Vaccination in Bombay 1863-1868 - 1863-1868
Year: 1863
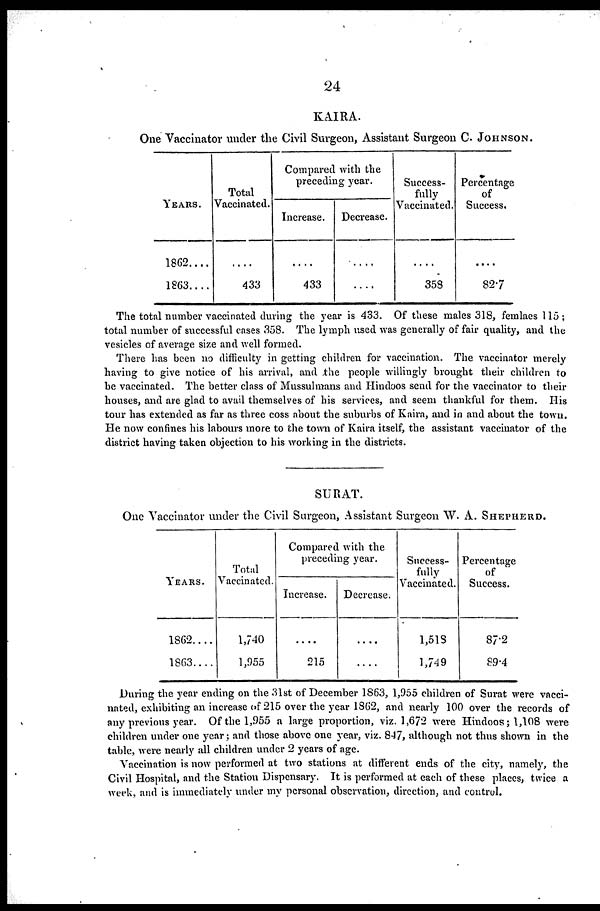
24
KAIRA.
One Vaccinator under the Civil Surgeon, Assistant Surgeon C. JHONSON.
YEARS.
1862....
1863....
Total
Vaccinated.
....
433
Compared with the
preceding year.
Increase.
....
433
Decrease.
....
....
Success-
fully
Vaccinated.
....
358
Percentage
of
Success.
....
82.7
The total number vaccinated during the year is 433. Of these males 318, femlaes 115;
total number of successful cases 358. The lymph used was generally of fair quality, and the
vesicles of average size and well formed.
There has been no difficulty in getting children for vaccination. The vaccinator merely
having to give notice of his arrival, and the people willingly brought their children to
be vaccinated. The better class of Mussulmans and Hindoos send for the vaccinator to their
houses, and are glad to avail themselves of his services, and seem thankful for them. His
tour has extended as far as three coss about the suburbs of Kaira, and in and about the town.
He now confines his labours more to the town of Kaira itself, the assistant vaccinator of the
district having taken objection to his working in the districts.
SURAT.
One Vaccinator under the Civil Surgeon, Assistant Surgeon W. A. SHEPHARD.
YEARS.
1862....
1863....
Total
Vaccinated.
1,740
1,955
Compared with the
preceding year.
Increase.
....
215
Decrease.
....
....
Success-
fully
Vaccinated.
1,518
1,749
Percentage
of
Success.
87.2
89.4
During the year ending on the 31st of December 1863, 1,955 children of Surat were vacci-
nated, exhibiting an increase of 215 over the year 1862, and nearly 100 over the records of
any previous year. Of the 1,955 a large proportion, viz. 1,672 were Hindoos; 1,108 were
children under one year; and those above one year, viz. 847, although not thus shown in the
table, were nearly all children under 2 years of age.
Vaccination is now performed at two stations at different ends of the city, namely, the
Civil Hospital, and the Station Dispensary. It is performed at each of these places, twice a
week, and is immediately under my personal observation, direction, and control.